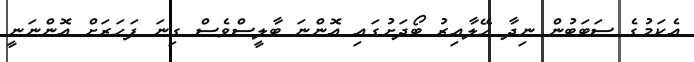
އެކަމުގެ ސަބަބުން ނިދާ ހޭލާއިރު ބޯދަށުގައި އޮންނަ ބާލީސްވެސް ގިނަ ފަހަރަށް އޮންނަނީ